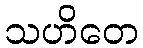
သဟိတေ